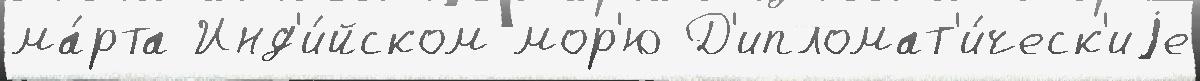
ма́рта Инд'и́йском мор'ю Д'ипломат'и́ческ'иjе